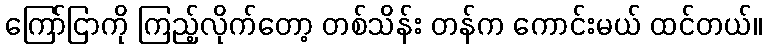
ကြော်ငြာကို ကြည့်လိုက်တော့ တစ်သိန်း တန်က ကောင်းမယ် ထင်တယ်။